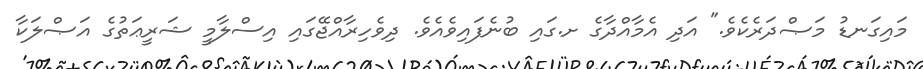
މައިގަނޑު މަޞްދަރެކެވެ." އަދި އެމާއްދާގެ ށ.ގައި ބުނެފައިވެއެވެ. ދިވެހިރާއްޖޭގައި އިސްލާމީ ޝަރީޢަތުގެ އަޞްލަކާ